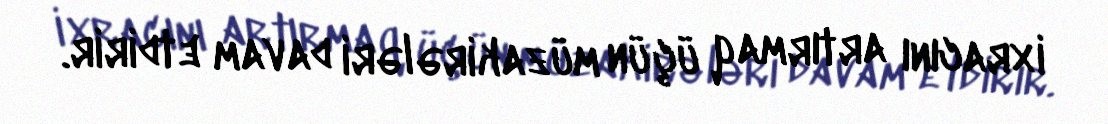
ixracını artırmaq üçün müzakirələri davam etdirir.